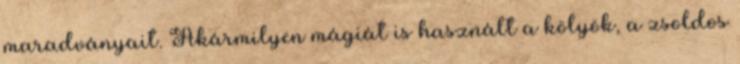
maradványait. Akármilyen mágiát is használt a kölyök, a zsoldos